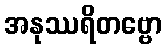
အနုဿရိတဗ္ဗော